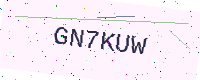
Text: GN7KUW